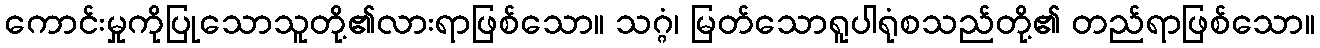
ကောင်းမှုကိုပြုသောသူတို့၏လားရာဖြစ်သော။ သဂ္ဂံ၊ မြတ်သောရူပါရုံစသည်တို့၏ တည်ရာဖြစ်သော။